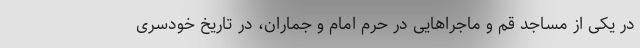
در یکی از مساجد قم و ماجراهایی در حرم امام و جماران، در تاریخ خودسری